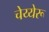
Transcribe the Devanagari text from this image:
चेय्येरू